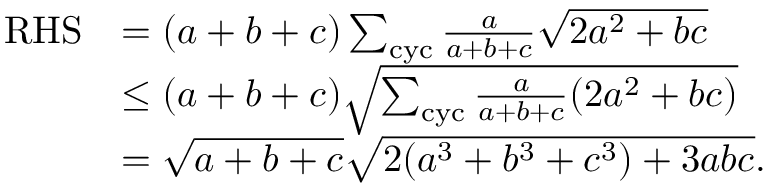
\begin{array} { r l } { \mathrm { R H S } } & { = ( a + b + c ) \sum _ { \mathrm { c y c } } \frac { a } { a + b + c } \sqrt { 2 a ^ { 2 } + b c } } \\ & { \le ( a + b + c ) \sqrt { \sum _ { \mathrm { c y c } } \frac { a } { a + b + c } ( 2 a ^ { 2 } + b c ) } } \\ & { = \sqrt { a + b + c } \sqrt { 2 ( a ^ { 3 } + b ^ { 3 } + c ^ { 3 } ) + 3 a b c } . } \end{array}